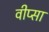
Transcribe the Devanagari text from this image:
वीप्सा